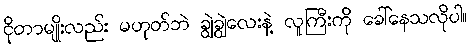
ငိုတာမျိုးလည်း မဟုတ်ဘဲ ချွဲချွဲလေးနဲ့ လူကြီးကို ခေါ်နေသလိုပါ။